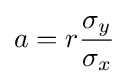
a=r{\frac {\sigma _{y}}{\sigma _{x}}}